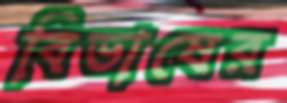
বিভাষের